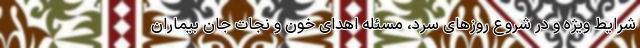
شرایط ویژه و در شروع روزهای سرد، مسئله اهدای خون و نجات جان بیماران